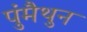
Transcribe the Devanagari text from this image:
पुंमैथुन